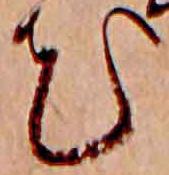
花